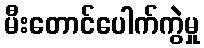
မီးတောင်ပေါက်ကွဲမှု